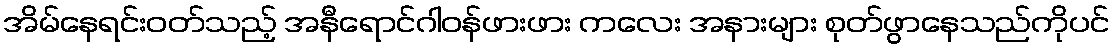
အိမ်နေရင်းဝတ်သည့် အနီရောင်ဂါဝန်ဖားဖား ကလေး အနားများ စုတ်ဖွာနေသည်ကိုပင်